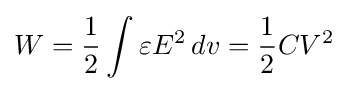
W={\frac {1}{2}}\int _{}^{}\varepsilon E^{2}\,dv={\frac {1}{2}}CV^{2}